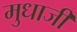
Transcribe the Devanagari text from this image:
मुधाजी